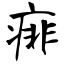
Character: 痱